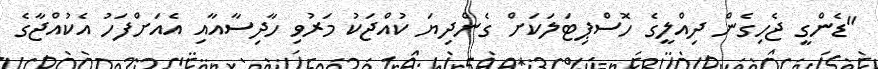
"ޑެންގީ ޖެހިގެން ދިއްލީގެ ހޮސްޕިޓަލަކަށް ގެންދިޔަ ކުއްޖަކު މަރުވި ހާދިސާއާއި އެއަށްފަހު އެކުއްޖާގެ